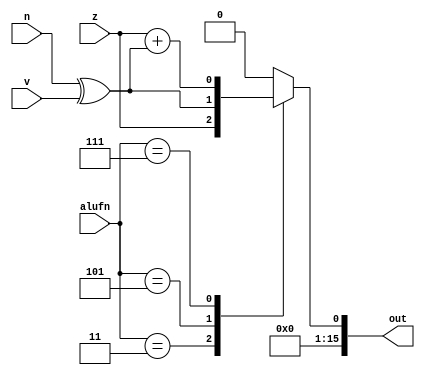
module compare_14 (
    input z,
    input v,
    input n,
    input [2:0] alufn,
    output reg [15:0] out
  );
  
  
  
  always @* begin
    
    case (alufn)
      2'h3: begin
        out = {15'h0000, z};
      end
      3'h5: begin
        out = {15'h0000, n ^ v};
      end
      3'h7: begin
        out = {15'h0000, z + (n ^ v)};
      end
      default: begin
        out = 16'h0000;
      end
    endcase
  end
endmodule